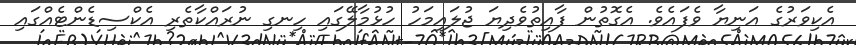
އެކިވަރުގެ އަނިޔާ ވެފައެެވެ. އެގޮތުން ފާއިތުވެދިޔަ ޖުލައިމަހު ހުޅުމާލޭގައި ހިނގި ނުރައްކާތެރި އެކްސިޑެންޓެއްގައި